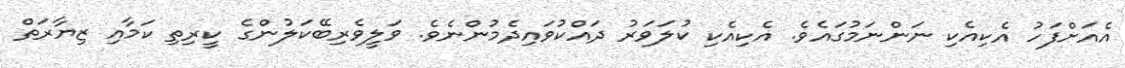
އެއަށްފަހު އެކިއެކި ނަންނަމުގައެވެ. އެކިއެކި ކުލަވަރު ދައްކުވައިދެމުންނެވެ. ވަލީވެރިބޭކަލުންގެ ކީރިތި ކަމާއި ޒިޔާރަތް